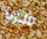
سريا